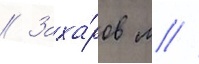
// Заха́ров м //